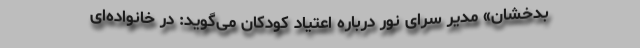
بدخشان» مدیر سرای نور درباره اعتیاد کودکان می‌گوید: در خانواده‌ای